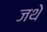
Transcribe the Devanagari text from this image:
जथे